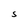
Character: S